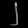
Digit: ၂